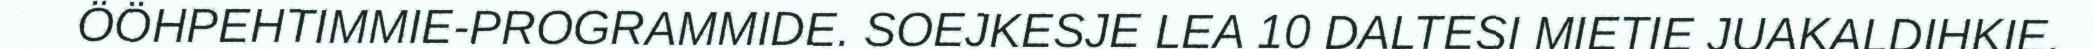
ÖÖHPEHTIMMIE-PROGRAMMIDE. SOEJKESJE LEA 10 DALTESI MIETIE JUAKALDIHKIE.